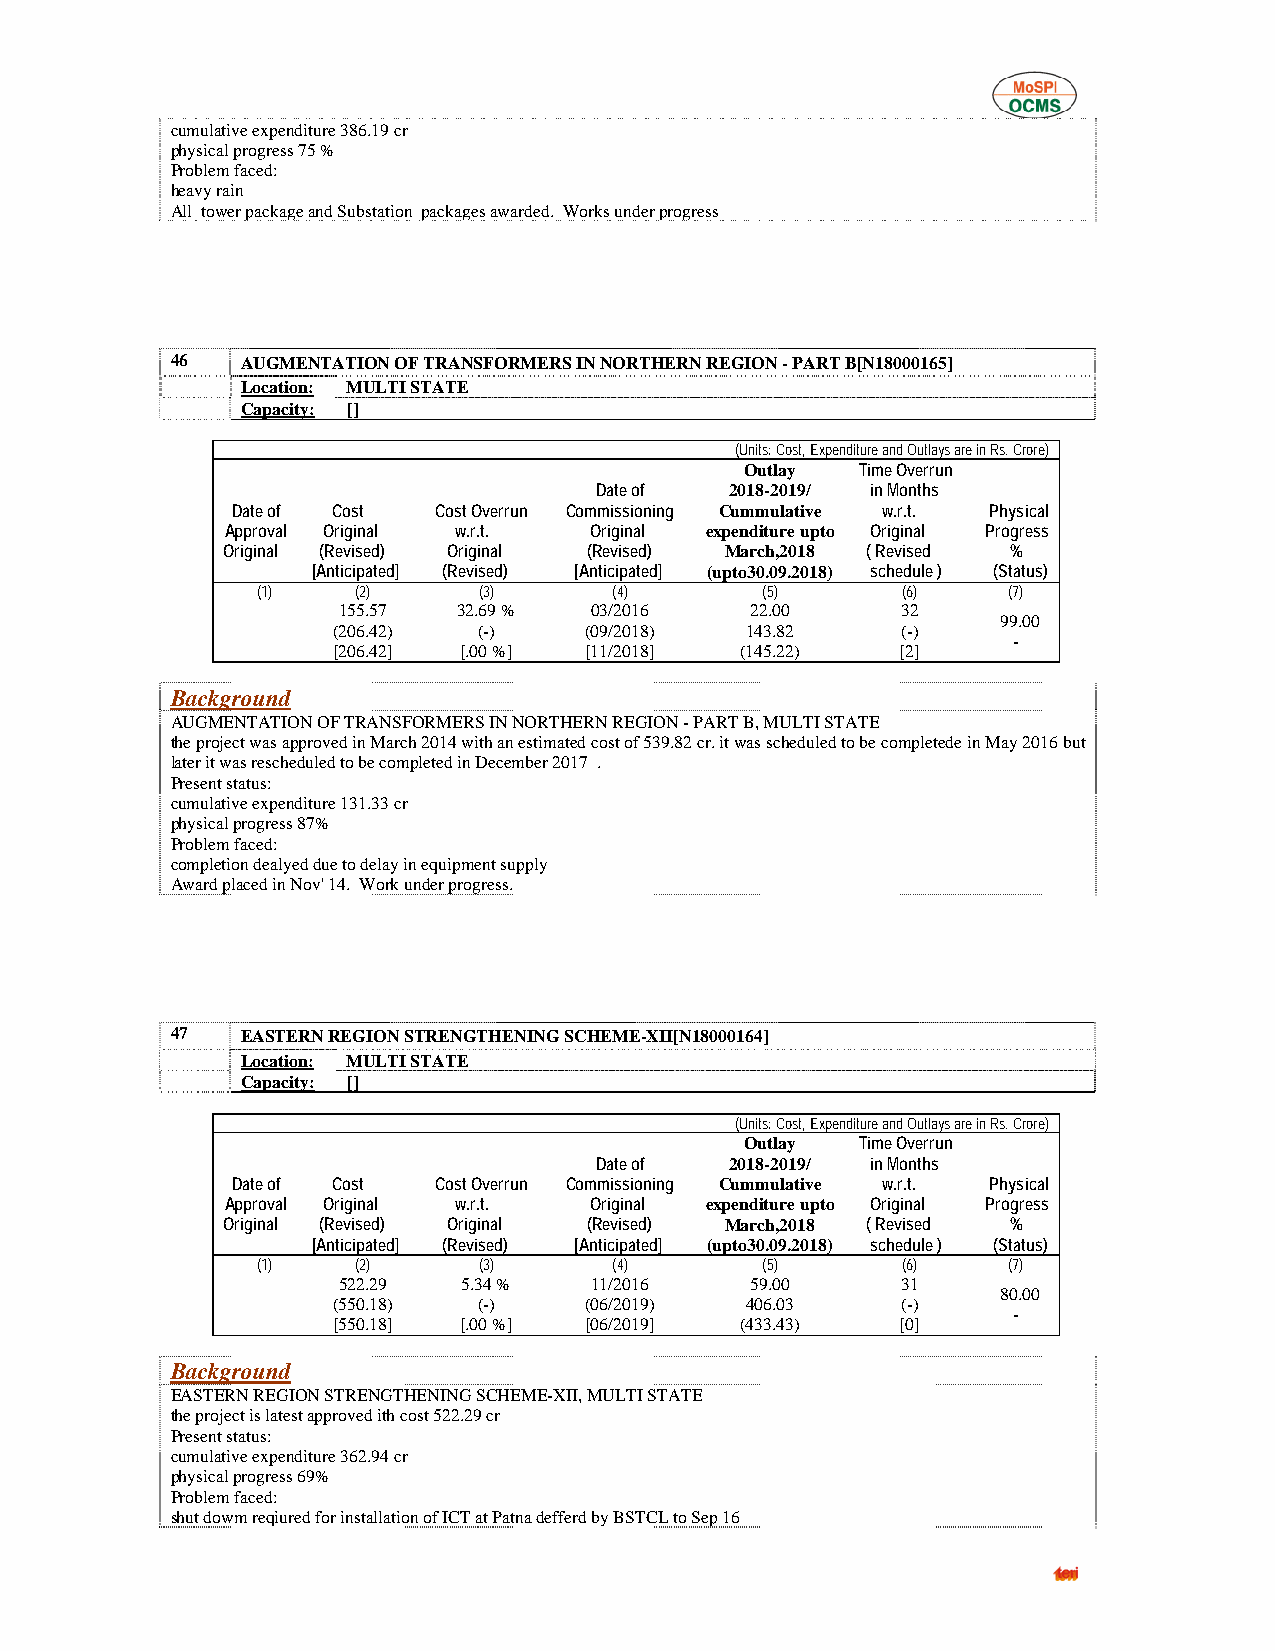
cumulative expenditure 386.19 cr
 physical progress 75 %
 Problem faced:
 heavy rain
 All tower package and Substation packages awarded. Works under progress
 46   AUGMENTATION OF TRANSFORMERS IN NORTHERN REGION - PART B[N18000165]
 Location: MULTI STATE
 Capacity: []
 (Units: Cost, Expenditure and Outlays are in Rs. Crore)
 Outlay  Time Overrun
 Date of  2018-2019/ in Months
 Date of Cost  Cost Overrun Commissioning Cummulative w.r.t. Physical
 Approval Original w.r.t. Original expenditure upto Original Progress
 Original (Revised) Original (Revised) March,2018 ( Revised %
 [Anticipated] (Revised) [Anticipated] (upto30.09.2018) schedule ) (Status)
 (1)    (2)     (3)      (4)      (5)       (6)    (7)
 155.57  32.69 %  03/2016    22.00     32
 99.00
 (206.42)  (-)    (09/2018) 143.82     (-)
 -
 [206.42] [.00 %] [11/2018] (145.22)   [2]
 Background
 AUGMENTATION OF TRANSFORMERS IN NORTHERN REGION - PART B, MULTI STATE
 the project was approved in March 2014 with an estimated cost of 539.82 cr. it was scheduled to be completede in May 2016 but
 later it was rescheduled to be completed in December 2017 .
 Present status:
 cumulative expenditure 131.33 cr
 physical progress 87%
 Problem faced:
 completion dealyed due to delay in equipment supply
 Award placed in Nov' 14. Work under progress.
 47   EASTERN REGION STRENGTHENING SCHEME-XII[N18000164]
 Location: MULTI STATE
 Capacity: []
 (Units: Cost, Expenditure and Outlays are in Rs. Crore)
 Outlay  Time Overrun
 Date of  2018-2019/ in Months
 Date of Cost  Cost Overrun Commissioning Cummulative w.r.t. Physical
 Approval Original w.r.t. Original expenditure upto Original Progress
 Original (Revised) Original (Revised) March,2018 ( Revised %
 [Anticipated] (Revised) [Anticipated] (upto30.09.2018) schedule ) (Status)
 (1)    (2)     (3)      (4)      (5)       (6)    (7)
 522.29   5.34 %  11/2016    59.00     31
 80.00
 (550.18)  (-)    (06/2019) 406.03     (-)
 -
 [550.18] [.00 %] [06/2019] (433.43)   [0]
 Background
 EASTERN REGION STRENGTHENING SCHEME-XII, MULTI STATE
 the project is latest approved ith cost 522.29 cr
 Present status:
 cumulative expenditure 362.94 cr
 physical progress 69%
 Problem faced:
 shut dowm reqiured for installation of ICT at Patna defferd by BSTCL to Sep 16